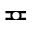
\eqcirc